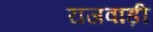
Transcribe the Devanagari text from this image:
राजवाड़ी